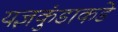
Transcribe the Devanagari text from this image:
यज्ञकुंडाकडे